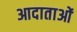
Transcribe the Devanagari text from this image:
आदाताओं